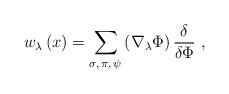
LaTeX: \begin{align*}w_\lambda \left( x\right) =\sum\limits_{\sigma,\,\pi,\,\psi}\left( \nabla_\lambda \Phi \right) \frac \delta {\delta \Phi }\,\,, \end{align*}